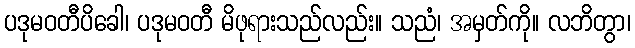
ပဒုမဝတီပိခေါ၊ ပဒုမဝတီ မိဖုရားသည်လည်း။ သညံ၊ အမှတ်ကို။ လဘိတွာ၊